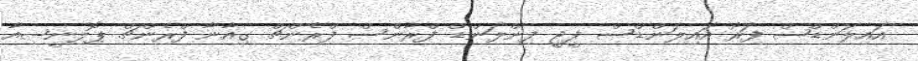
އައިލަންޑްސް ފަރޯ އައިލަންޑްސް ފީޖީ ފިންލަންޑް ފްރާންސް ފްރެންޗް ގިއާނާ ފްރެންޗް ޕޮލިނީޝިއާ